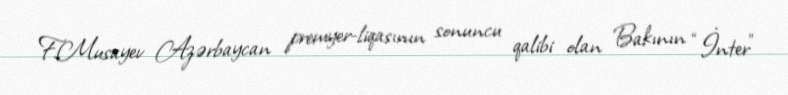
F.Musayev Azərbaycan premyer-liqasının sonuncu qalibi olan Bakının “İnter”